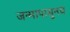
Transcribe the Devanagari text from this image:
जन्मापासुनच